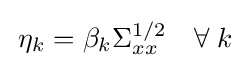
\,\eta _{k}=\beta _{k}\Sigma _{xx}^{1/2}\quad \forall \;k